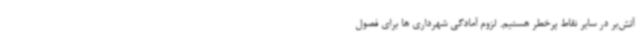
آتش‌بر در سایر نقاط پرخطر هستیم. لزوم آمادگی شهرداری ها برای فصول